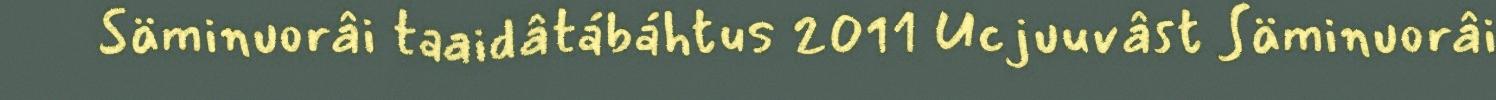
Säminuorâi taaidâtábáhtus 2011 Ucjuuvâst Säminuorâi